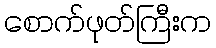
စောက်ဖုတ်ကြီးက